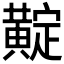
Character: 𪏉